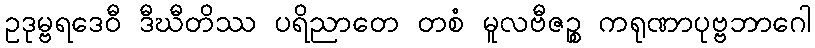
ဥဒုမ္ဗရဒေဝီ ဒီဃီတိဿ ပရိညာတေ တစံ မူလဗီဇဉ္စ ကရုဏာပုဗ္ဗဘာဂေါ